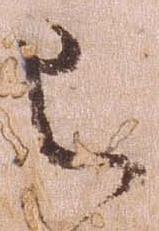
已